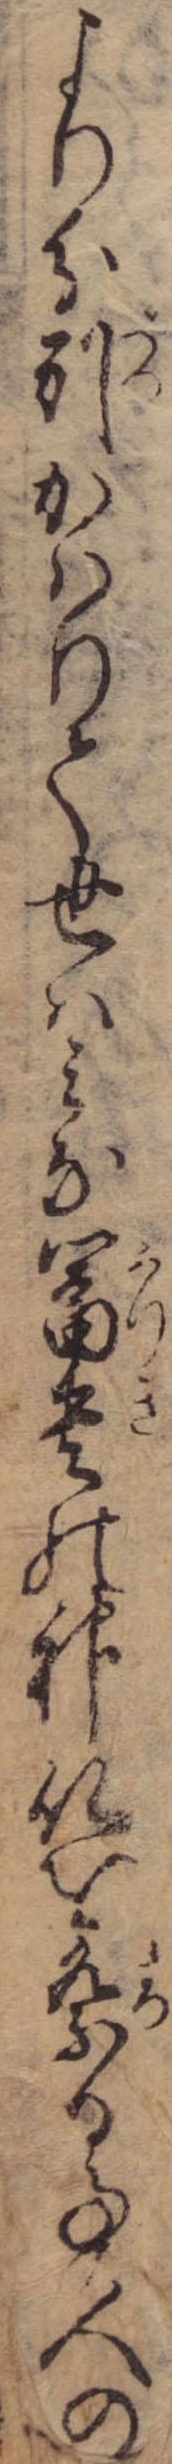
より分別かはりて世はみな富貴の神仏を祭る事人の